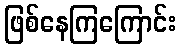
ဖြစ်နေကြကြောင်း